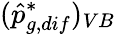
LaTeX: (\hat{p}_{g,dif}^{*})_{VB}